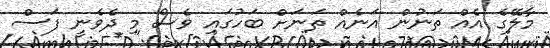
މާލޭގެ އެއް ތަނުން އަނެއް ތަނަށް ބަހުގައި ވެސް މި ދެވެނީ ފަސް